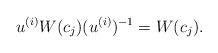
LaTeX: \begin{align*}u^{(i)}W(c_j)(u^{(i)})^{-1} = W(c_j). \end{align*}